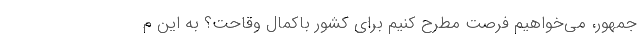
‌جمهور، می‌خواهیم فرصت مطرح کنیم برای کشور باکمال وقاحت؟ به این م